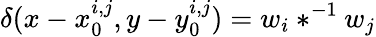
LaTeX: \delta(x-x_{0}^{i,j},y-y_{0}^{i,j})=w_{i}\ast^{-1}w_{j}